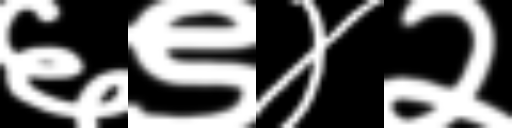
Text: ६९४२